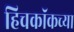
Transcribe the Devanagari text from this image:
हिचकॉकच्या